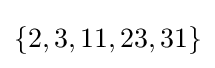
\{2,3,11,23,31\}